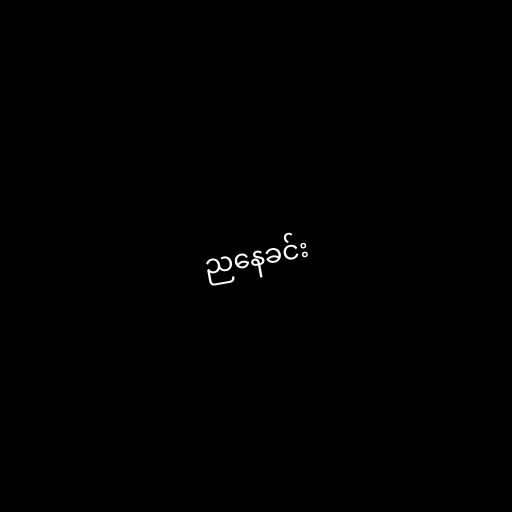
ညနေခင်း